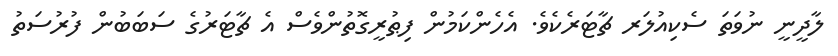
ލާދީނީ ނުވަތަ ސެކިއުލަރ ޗާޓަރެކެވެ. އެހެންކަމުން ފިޠުރީގޮތުންވެސް އެ ޗާޓަރުގެ ސަބަބުން ފުރުސަތު